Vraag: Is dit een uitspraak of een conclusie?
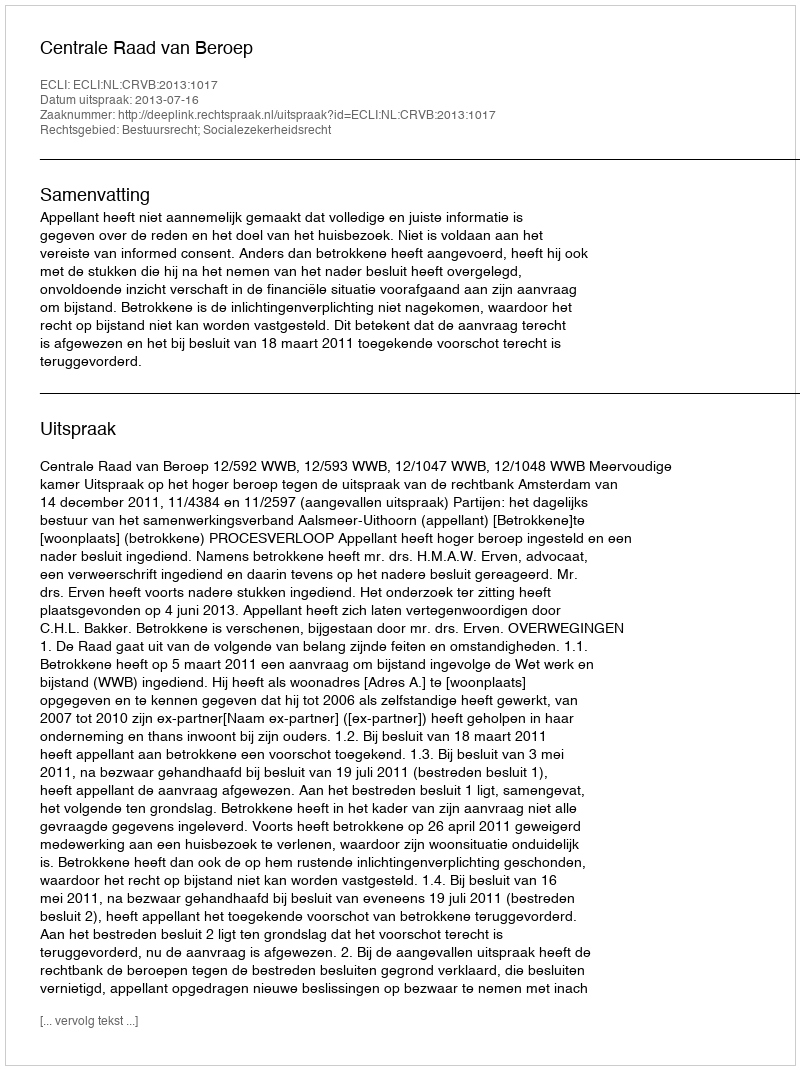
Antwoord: Uitspraak